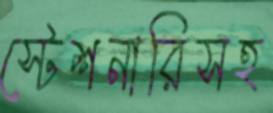
স্টেশনারিসহ